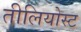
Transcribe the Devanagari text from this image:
तीलियोस्ट